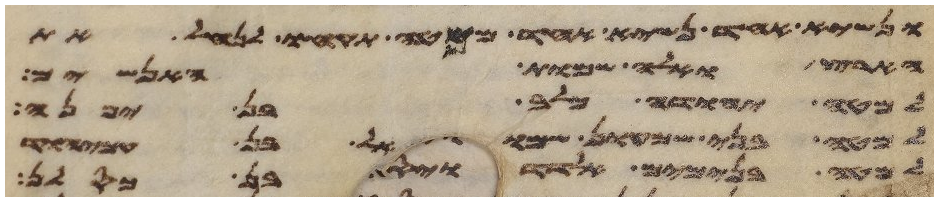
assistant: ונשיא אחד נשיא אחד ממטה תקחו לנחל את
הארץ ואלה שמות האנשים
למטה יהודה כלב בן יפנה
למטה בני שמעון שמואל בן עמיהוד
למטה בנימים אלדד בן כסלן